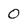
Character: 0